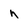
Character: n